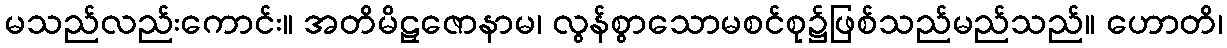
မသည်လည်းကောင်း။ အတိမိဠှဇောနာမ၊ လွန်စွာသောမစင်စု၌ဖြစ်သည်မည်သည်။ ဟောတိ၊